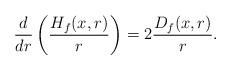
LaTeX: \begin{align*}\frac{d}{dr}\left(\frac{H_f(x,r)}{r}\right)=2\frac{D_f(x,r)}{r}.\end{align*}